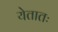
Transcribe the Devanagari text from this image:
येतातः